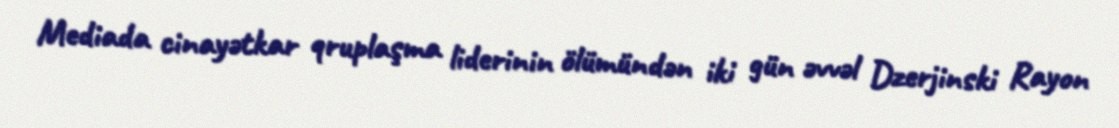
Mediada cinayətkar qruplaşma liderinin ölümündən iki gün əvvəl Dzerjinski Rayon